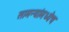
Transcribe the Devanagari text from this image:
सामन्यांमध्येच